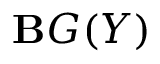
\mathbf { B } G ( Y )